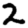
Digit: 2